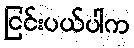
ငြင်းပယ်ပါက